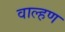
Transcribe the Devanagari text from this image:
वाल्हण